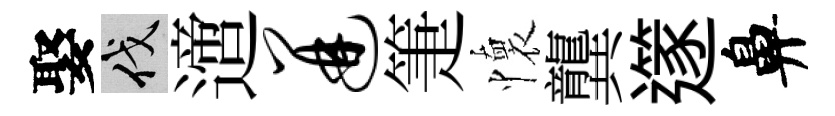
娶伐𨗁迸箑懷龔𨗹鼻